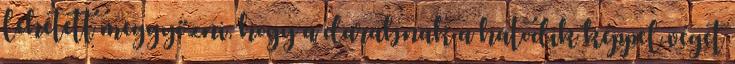
lehetett meggyőzni, hogy a darabnak a hatodik képpel véget